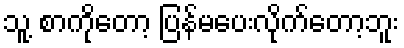
သူ့ စာကိုတော့ ပြန်မပေးလိုက်တော့ဘူး